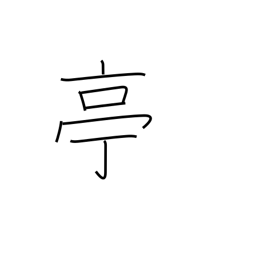
Meaning: stage name